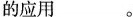
的应用___。